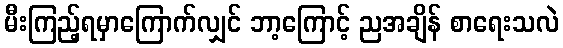
မီးကြည့်ရမှာကြောက်လျှင် ဘာ့ကြောင့် ညအချိန် စာရေးသလဲ